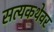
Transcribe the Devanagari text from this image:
सत्यकथेवर